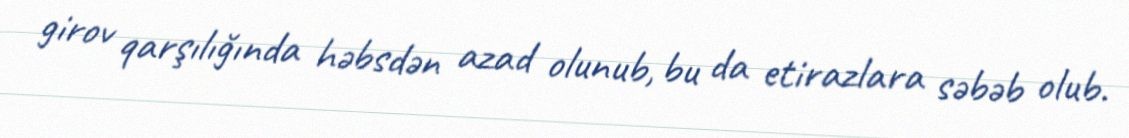
girov qarşılığında həbsdən azad olunub, bu da etirazlara səbəb olub.